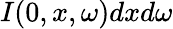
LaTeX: I(0,x,\omega)dxd\omega